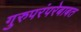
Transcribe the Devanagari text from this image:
गुरुपरंपरेबाबत